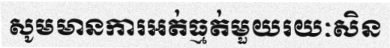
សូមមានការអត់ធ្មត់មួយរយៈសិន